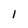
Character: 1